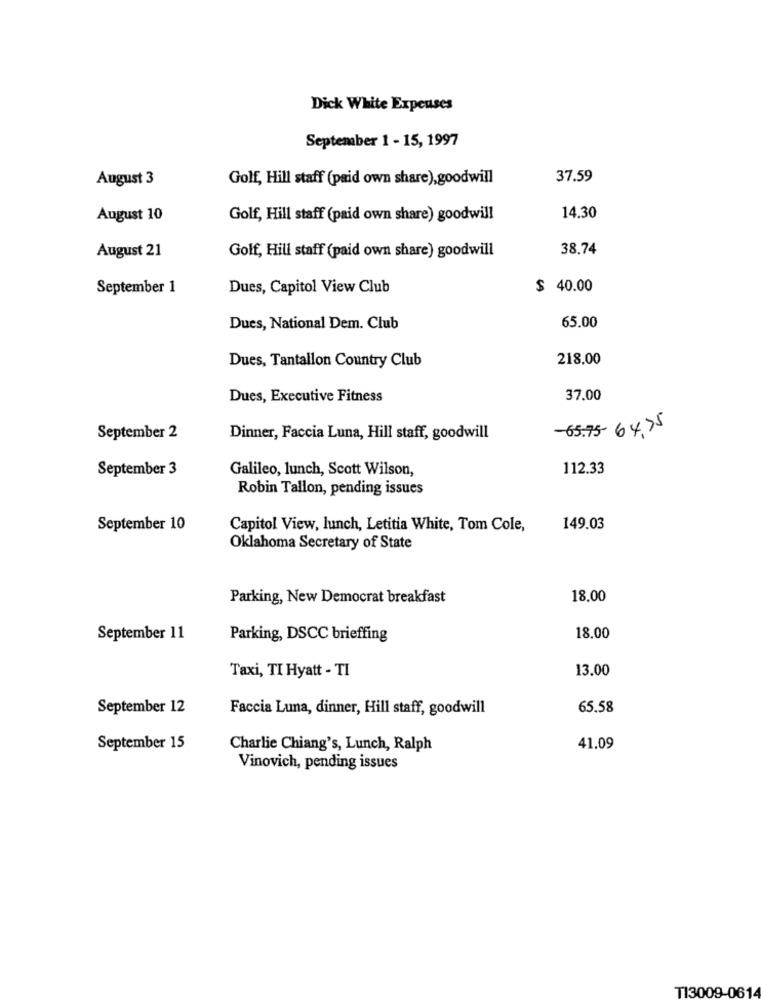
Dick White Expeuses
September 1 - 15, 1997
August 3
Golf, Hill staff (paid own share),goodwill
37.59
August 10
Golf, Hill staff (paid own share) goodwill
14.30
August 21
Golf, Hill staff (paid own share) goodwill
38.74
September 1
Dues, Capitol View Club
$ 40.00
65.00
Dues, National Dem. Club
Dues, Tantallon Country Club
218.00
Dues, Executive Fitness
37.00
-65.75- 64, 75
September 2
Dinner, Faccia Luna, Hill staff, goodwill
September 3
Galileo, lunch, Scott Wilson,
112.33
Robin Tallon, pending issues
September 10
Capitol View, lunch, Letitia White, Tom Cole,
149.03
Oklahoma Secretary of State
Parking, New Democrat breakfast
18.00
September 11
Parking, DSCC brieffing
18.00
Taxi, TI Hyatt - TI
13.00
September 12
Faccia Luna, dinner, Hill staff, goodwill
65.58
September 15
Charlie Chiang's, Lunch, Ralph
41.09
Vinovich, pending issues
TI3009-0614